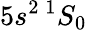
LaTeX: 5s^{2}\, ^{1}S_{0}